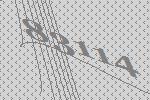
83114